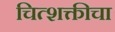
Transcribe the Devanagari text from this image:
चित्शक्तीचा